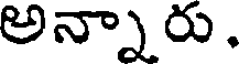
అన్నారు.